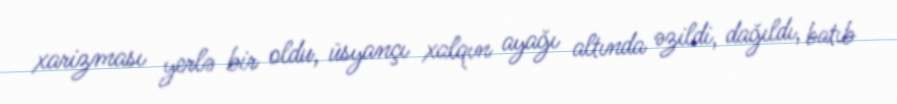
xarizması yerlə bir oldu, üsyançı xalqın ayağı altında əzildi, dağıldı, batıb